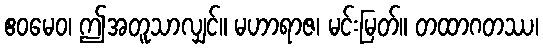
ဧဝမေဝ၊ ဤအတူသာလျှင်။ မဟာရာဇ၊ မင်းမြတ်။ တထာဂတဿ၊